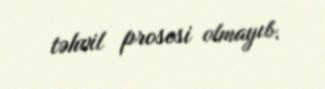
təhvil prosesi olmayıb.